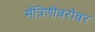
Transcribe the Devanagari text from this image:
मैत्रिणीबरोबर